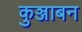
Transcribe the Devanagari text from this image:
कुञ्जाबन